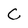
Character: C